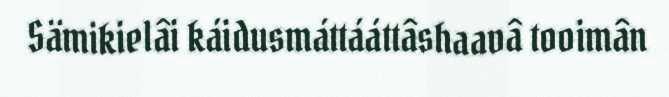
Sämikielâi káidusmáttááttâshaavâ tooimân